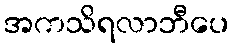
အကသိရလာဘီပေ